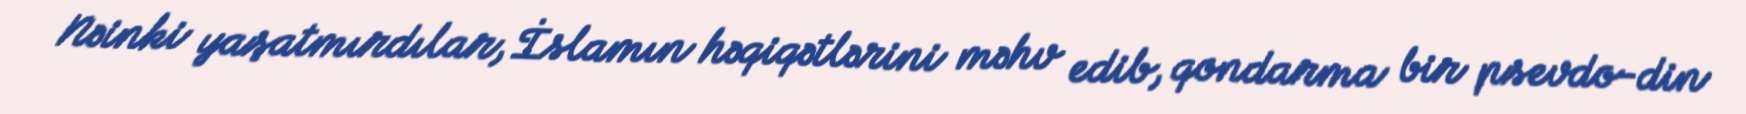
Nəinki yaşatmırdılar, İslamın həqiqətlərini məhv edib, qondarma bir psevdo-din